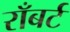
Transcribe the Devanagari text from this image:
राँबर्ट